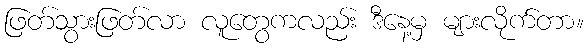
ဖြတ်သွားဖြတ်လာ လူတွေကလည်း ဒီနေ့မှ များလိုက်တာ။